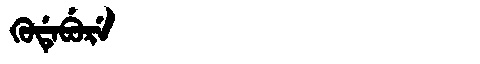
Manchu: ᡴᡠᡩᡝᠪᡠᡵᡝ
Romanization: KUDEBURE